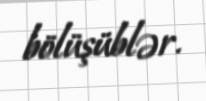
bölüşüblər.